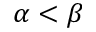
\alpha < \beta